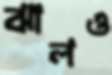
ঝালও